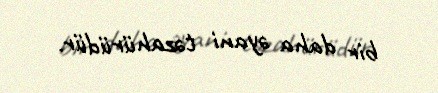
bir daha əyani təzahürüdür.